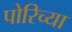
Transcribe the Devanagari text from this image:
पोरिच्या